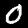
Digit: 0